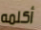
أكلمه